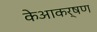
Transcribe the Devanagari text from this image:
केआकर्षण